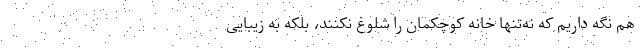
هم نگه داریم که نه‌تنها خانه کوچکمان را شلوغ نکنند، بلکه به زیبایی